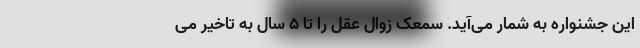
این جشنواره به شمار می‌آید. سمعک زوال عقل را تا ۵ سال به تاخیر می